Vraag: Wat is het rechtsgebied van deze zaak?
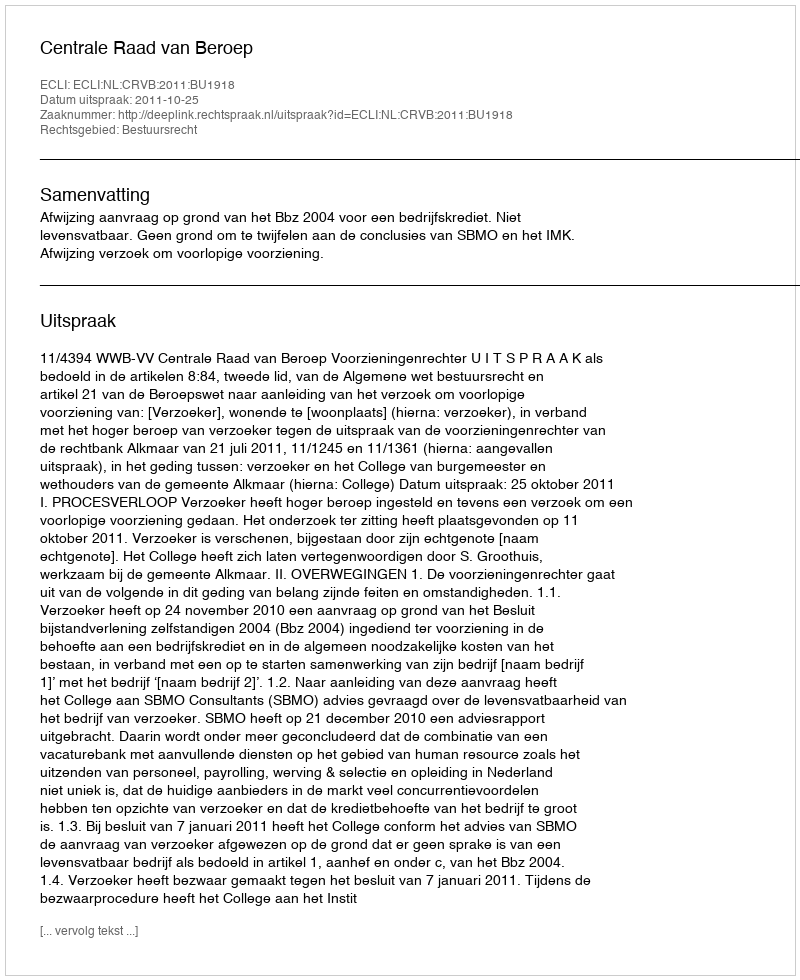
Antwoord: Bestuursrecht